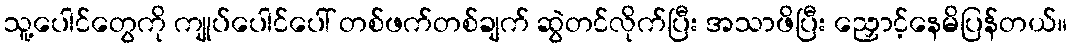
သူ့ပေါင်တွေကို ကျုပ်ပေါင်ပေါ် တစ်ဖက်တစ်ချက် ဆွဲတင်လိုက်ပြီး အသာဖိပြီး ညှောင့်နေမိပြန်တယ်။